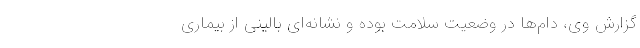
گزارش وی، دام‌ها در وضعیت سلامت بوده و نشانه‌ای بالینی از بیماری